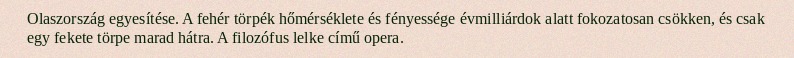
Olaszország egyesítése. A fehér törpék hőmérséklete és fényessége évmilliárdok alatt fokozatosan csökken, és csak egy fekete törpe marad hátra. A filozófus lelke című opera.